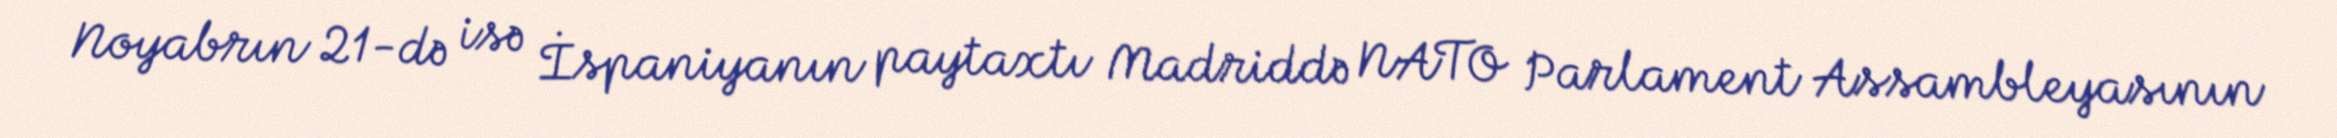
Noyabrın 21-də isə İspaniyanın paytaxtı Madriddə NATO Parlament Assambleyasının